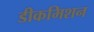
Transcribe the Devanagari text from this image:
डीकमिशन